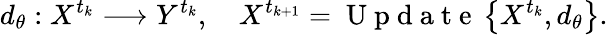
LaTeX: d_{\theta}:X^{t_{k}}\longrightarrow Y^{t_{k}},\quad X^{t_{k+1}}=\mathrm{~U~p~d~a~t~e~}\left\{ X^{t_{k}},d_{\theta}\right\} .